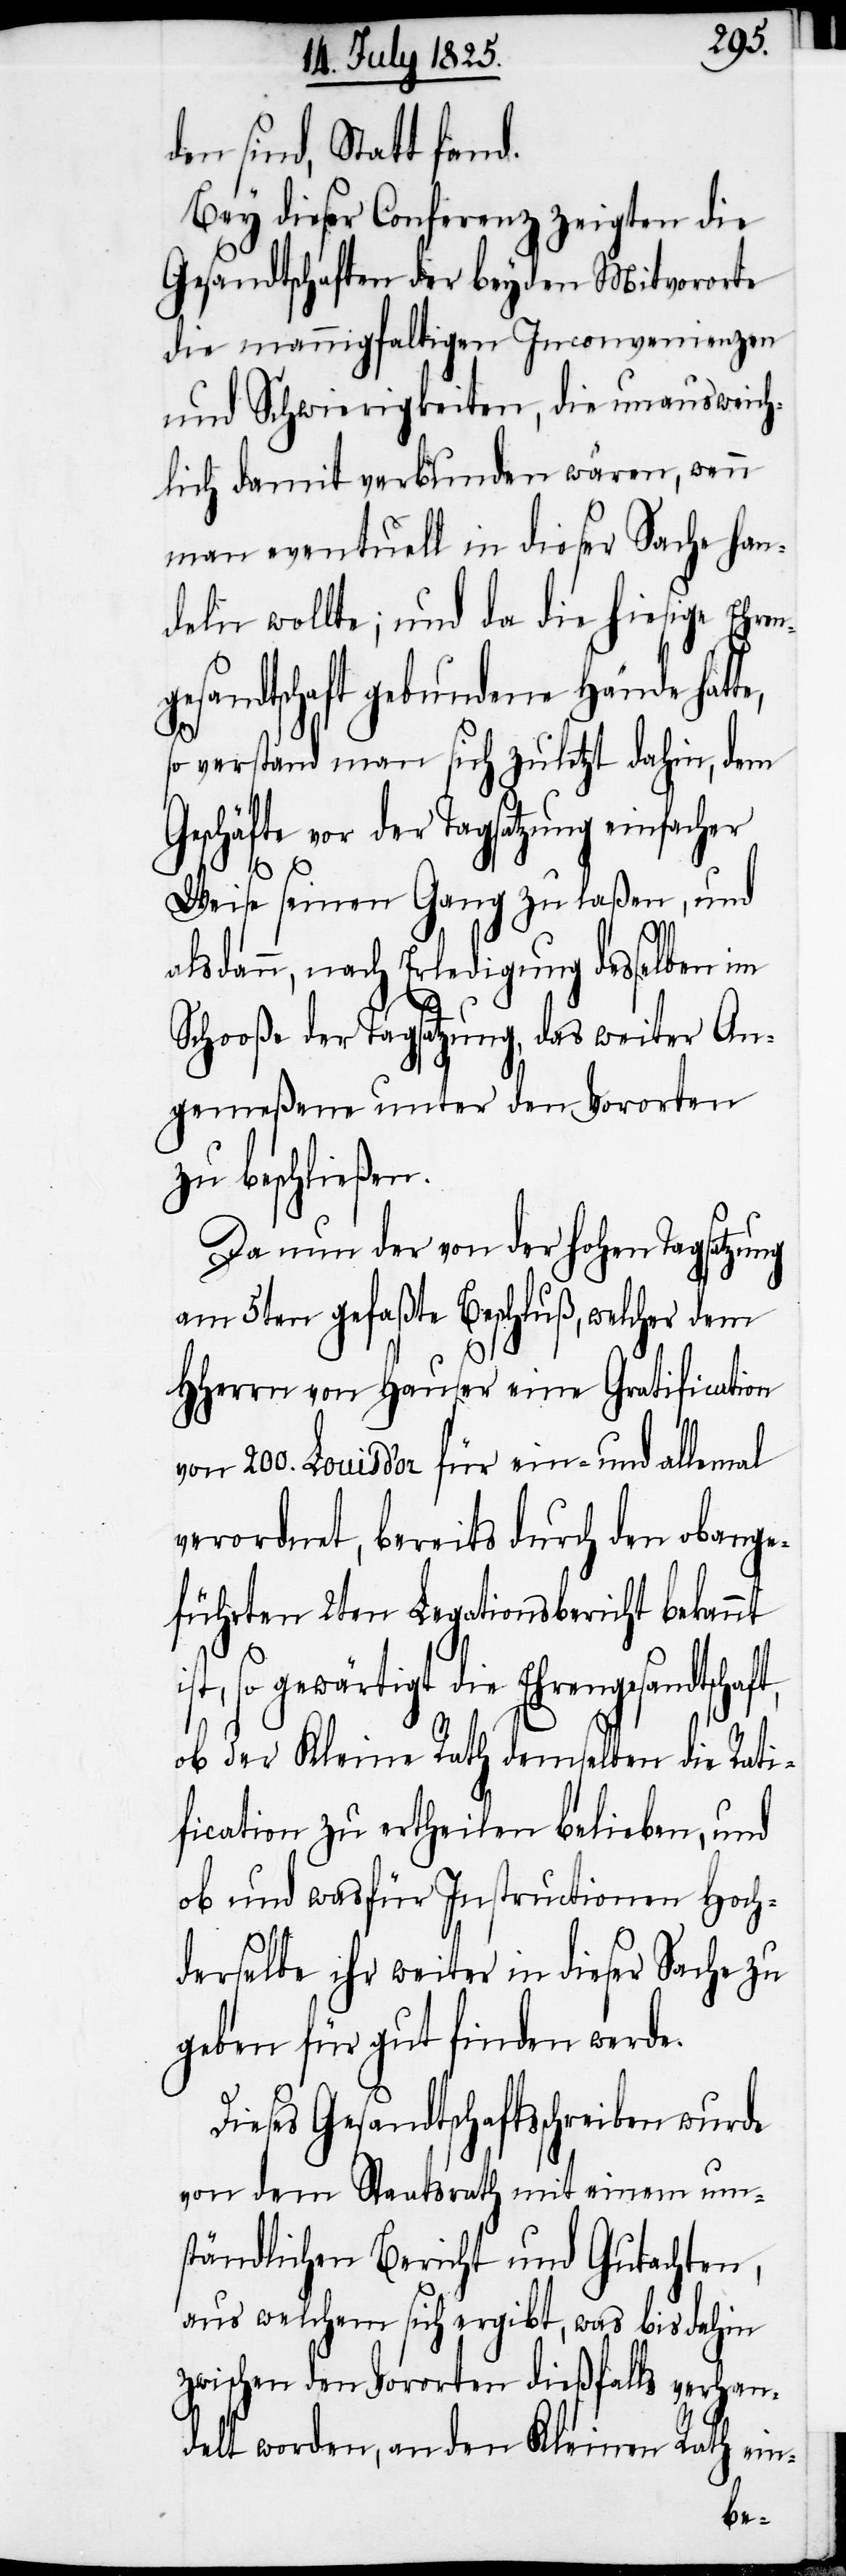
den sind, Statt fand.
Bey dieser Conferenz zeigten die
Gesandtschaften der beyden Mitvororte
die mannigfaltigen Inconvenienzen
und Schwierigkeiten, die unausweich¬
lich damit verbunden wären, wenn
man eventuell in dieser Sache han¬
deln wollte; und da die hiesige Ehren¬
gesandtschaft gebundene Hände hatte,
so verstand man sich zuletzt dahin, dem
ft,
Geschäfte vor der Tagsatzung einfacher
Weise seinen Gang zu laßen, und
alsdann, nach Erledigung desselben im
Schooße der Tagsatzung, das weiter An¬
gemeßene unter den Vororten
zu beschließen.
Da nun der von der hohen Tagsatzung
am 5ten gefaßte Beschluß, welcher dem
HHerrn von Hauser eine Gratification
von 200. Louis d’or für ein- und allemal
verordnet, bereits durch den obange¬
führten 2ten Legationsbericht bekannt
so gewärtigt die Ehrengesandtscha¬
ob der Kleine Rath demselben die Rati¬
fication zu ertheilen belieben, und
ob und was für Instructionen Hoch¬
derselbe ihr weiter in dieser Sache zu
geben für gut finden werde.
Dieses Gesandtschaftsschreiben wurde
von dem Staatsrath mit einem um¬
ständlichen Bericht und Gutachten,
aus welchem sich ergibt, was bis dahin
zwischen den Vororten dießfalls verhan¬
delt worden, an den Kleinen Rath ein-